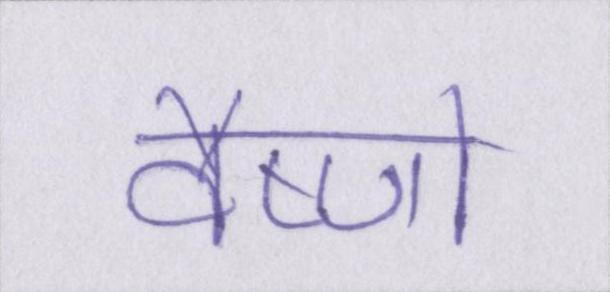
वैष्णो